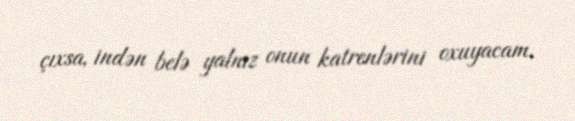
çıxsa, indən belə yalnız onun katrenlərini oxuyacam.